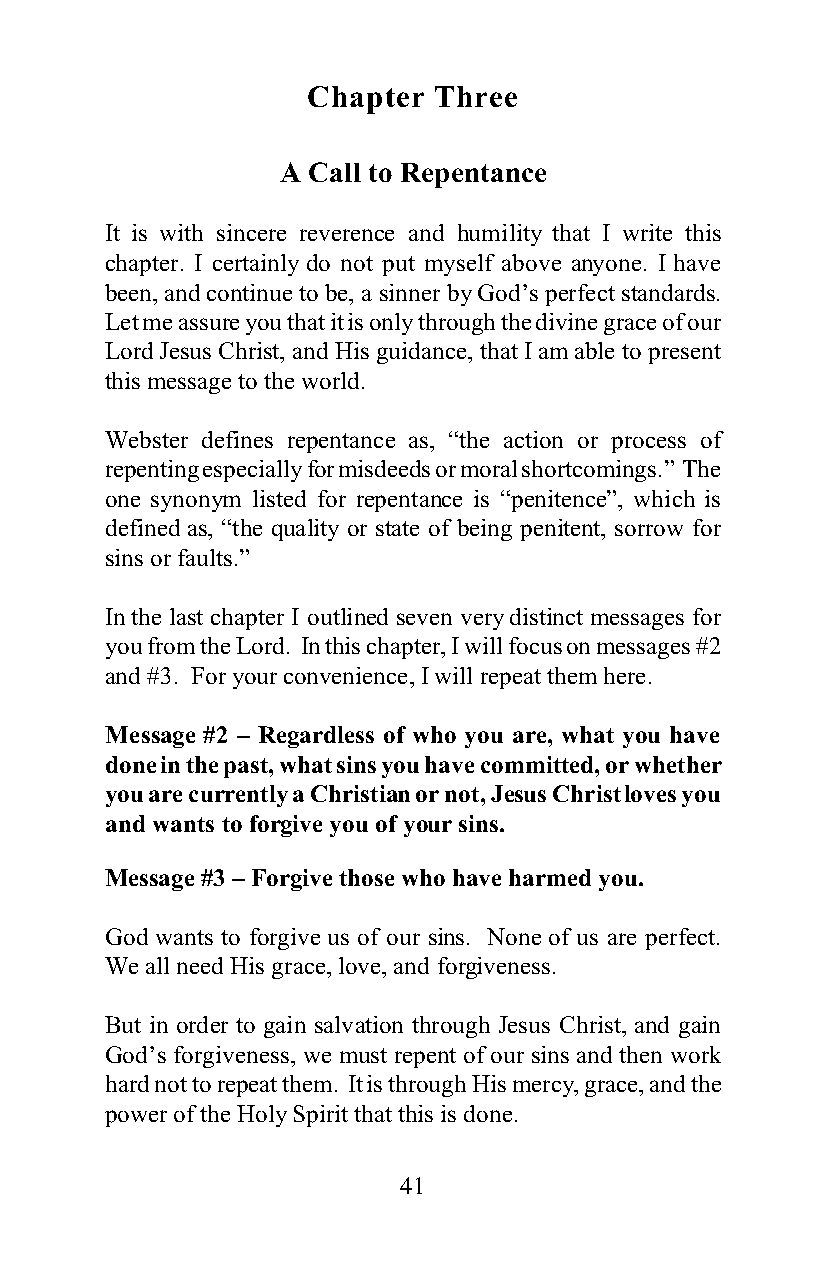
Chapter  Three
 A Call to Repentance
 It is with sincere reverence and humility that I write this
 chapter. I certainly do not put myself above anyone. I have
 been, and continue to be, a sinner by God’s perfect standards.
 Let me assure you that it is only through the divine grace of our
 Lord Jesus Christ, and His guidance, that I am able to present
 this message to the world.
 Webster defines repentance as, “the action or process of
 repenting especially for misdeeds or moral shortcomings.” The
 one synonym listed for repentance is “penitence”, which is
 defined as, “the quality or state of being penitent, sorrow for
 sins or faults.”
 In the last chapter I outlined seven very distinct messages for
 you from the Lord. In this chapter, I will focus on messages #2
 and #3. For your convenience, I will repeat them here.
 Message #2 – Regardless of who you are, what you have
 done in the past, what sins you have committed, or whether
 you are currently a Christian or not, Jesus Christ loves you
 and wants to forgive you of your sins.
 Message #3 – Forgive those who have harmed you.
 God wants to forgive us of our sins. None of us are perfect.
 We all need His grace, love, and forgiveness.
 But in order to gain salvation through Jesus Christ, and gain
 God’s forgiveness, we must repent of our sins and then work
 hard not to repeat them. It is through His mercy, grace, and the
 power of the Holy Spirit that this is done.
 41